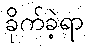
ခိုက်ခဲ့ရာ